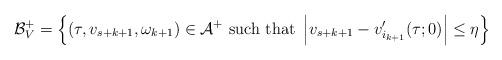
LaTeX: \begin{align*}\mathcal{B}_{V}^+ = \left\{(\tau,v_{s+k+1},\omega_{k+1}) \in \mathcal{A}^+ \textnormal{ such that } \left| v_{s+k+1} - v_{i_{k+1}}^\prime (\tau;0) \right| \leq \eta\right\}\end{align*}